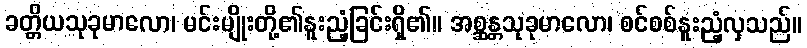
ခတ္တိယသုခုမာလော၊ မင်းမျိုးတို့၏နူးညံ့ခြင်းရှိ၏။ အစ္ဆန္တသုခုမာလော၊ စင်စစ်နူးညံ့လှသည်။